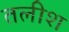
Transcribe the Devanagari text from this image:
तलीश